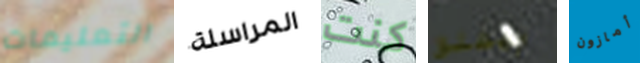
التعليمات المراسلة كنت ويطلق أمازون